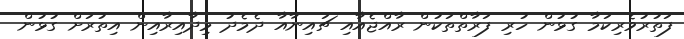
ފަތުރުވެރިކަމާ ގުޅުން ހުރި ފަރާތްތަކުން ރާއްޖެއާއި ޗައިނާއާ ދެމެދު މިދާއިރާއިން އިތުރަށް ގުޅުން